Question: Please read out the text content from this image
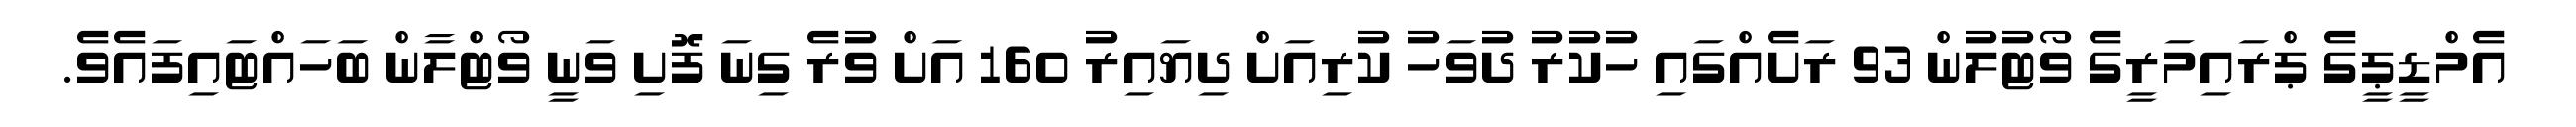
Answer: އެމްޑީޕީގެ ޕްރައިމަރީގެ ވޯޓުލުން 93 ރަށެއްގައި ހުކުރު ދުވަހު ކުރިއަށް ދިޔައިރު 160 އަށް ވުރެ ގިނަ ފޮށި ވަނީ ވޯޓްލާން ބަހައްޓައިފައެވެ.